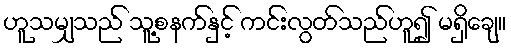
ဟူသမျှသည် သူ့စနက်နှင့် ကင်းလွတ်သည်ဟူ၍ မရှိချေ။